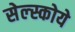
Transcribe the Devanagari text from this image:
सेल्स्कोये